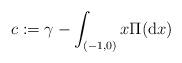
LaTeX: \begin{align*}c:=\gamma-\int_{(-1,0)} x\Pi(\mathrm{d}x) \end{align*}